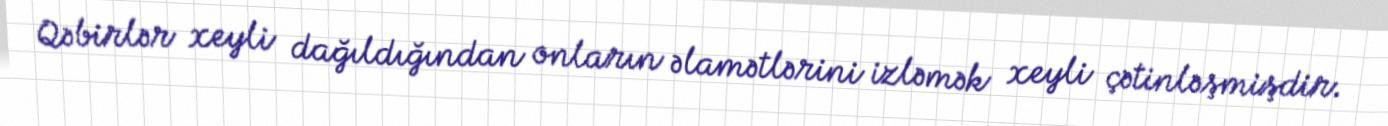
Qəbirlər xeyli dağıldığından onların əlamətlərini izləmək xeyli çətinləşmişdir.